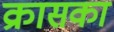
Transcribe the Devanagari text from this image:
क्रासका